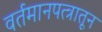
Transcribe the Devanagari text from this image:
वर्तमानपत्त्रातून